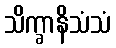
သိက္ခာနိသံသံ